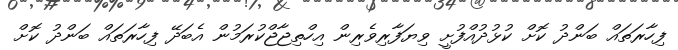
ފިހާރަތައް ބަންދު ކޮށް ކުޅުދުއްފުށީ ވިޔަފާރިވެރިން އިހްތިޖާޖްކުރަމުން އެބަދޭ ފިހާރަތައް ބަންދު ކޮށް